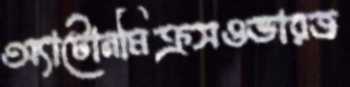
অ্যাটোনমিক্রসওভারজ